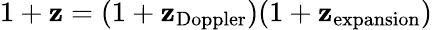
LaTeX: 1+\mathbf{z}=(1+\mathbf{z}_{\mathrm{{Doppler}}})(1+\mathbf{z}_{\mathrm{{expansion}}})